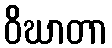
ဝိဃာတာ